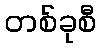
တစ်ခုစီ